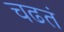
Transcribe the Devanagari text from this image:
चढतं